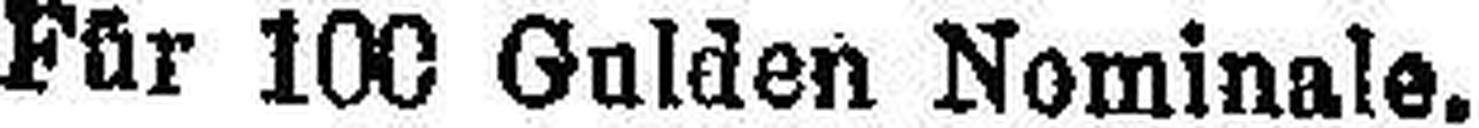
Für 100 Gulden Nominale.